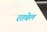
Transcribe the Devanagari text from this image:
रतबेल